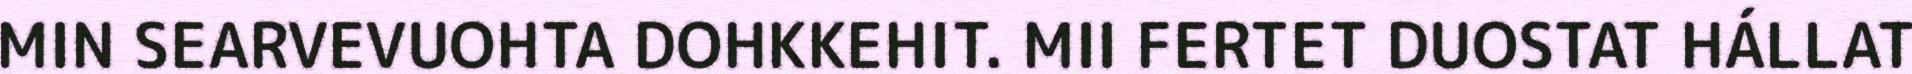
MIN SEARVEVUOHTA DOHKKEHIT. MII FERTET DUOSTAT HÁLLAT